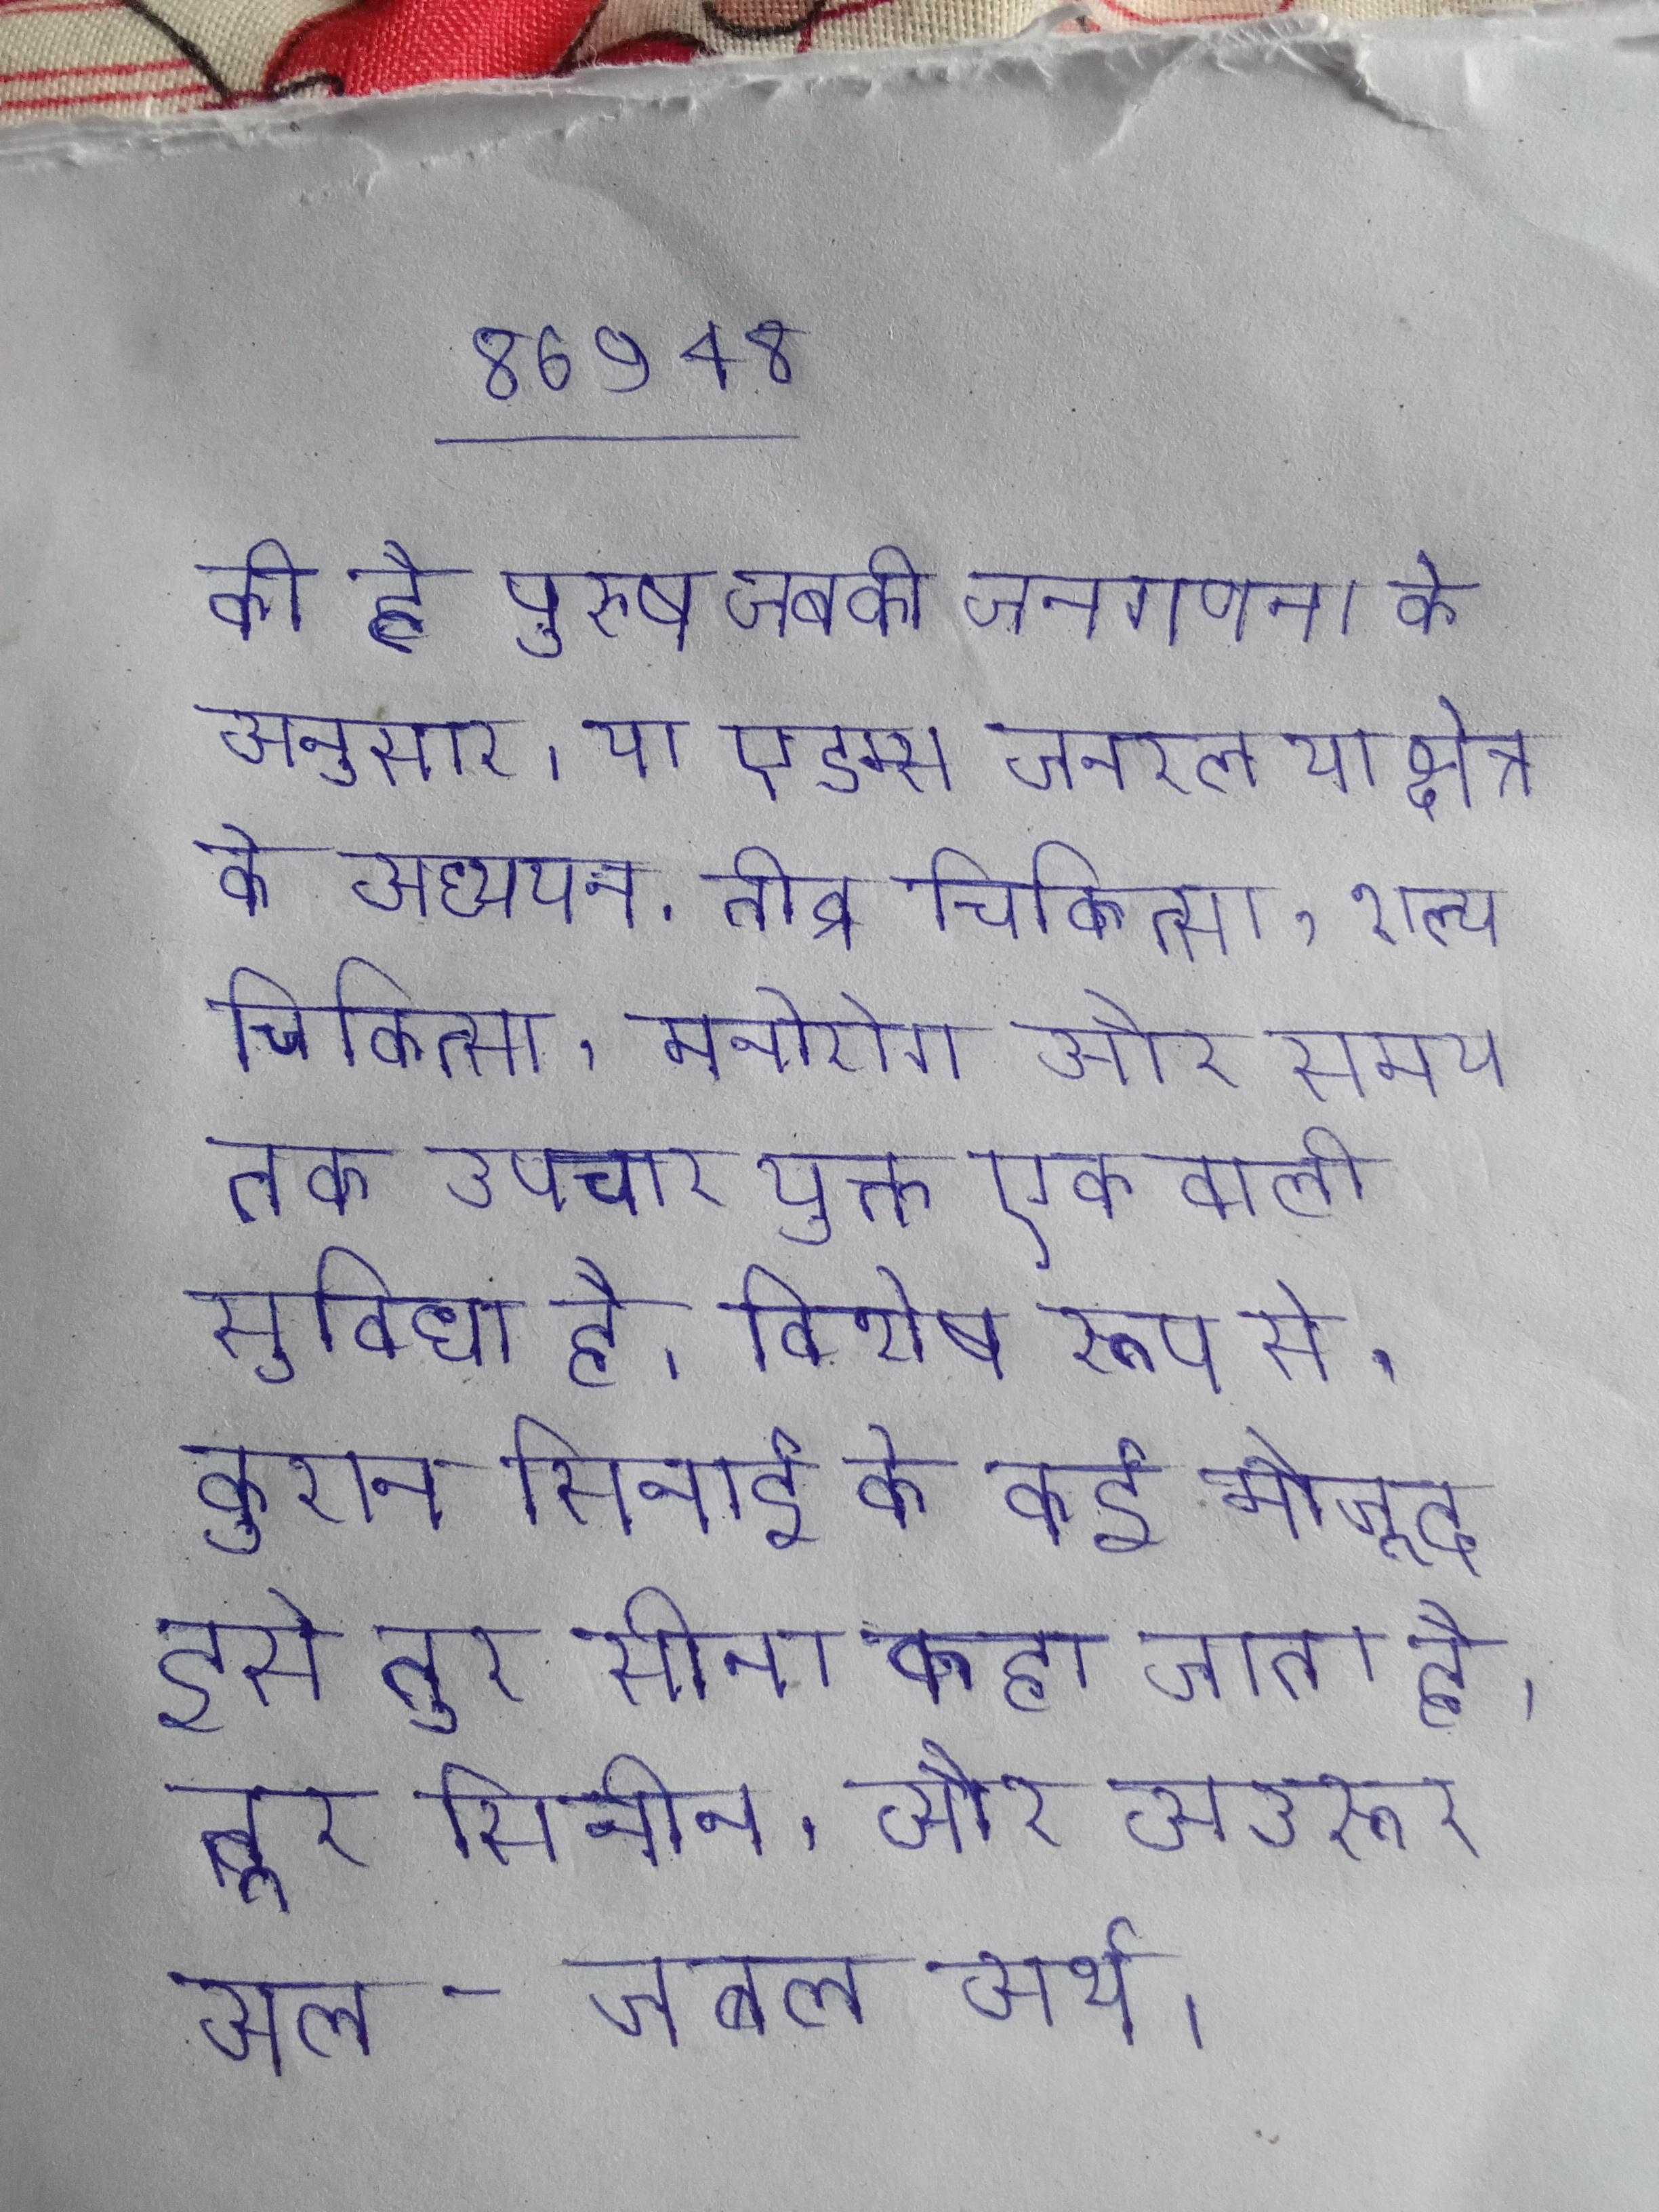
की है पुरुष जबकि जनगणना के अनुसार । या एडम्स जनरल या क्षेत्र के अध्ययन . तीव्र चिकित्सा, शल्य चिकित्सा, मनोरोग और समय तक उपचार युक्त एक वाली सुविधा है । विशेष रूप से, कुरान सिनाई के कई मौजूद इसे तूर सीना कहा जाता है, तूर सिनीन, और अउरूर अल-जबल अर्थ ।